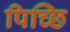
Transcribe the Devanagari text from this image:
पिच्छि